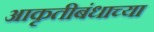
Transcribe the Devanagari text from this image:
आकृतीबंधाच्या